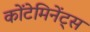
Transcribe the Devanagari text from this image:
कोंटेमिनेंट्स